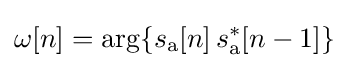
\omega [n]=\arg\{s_{\mathrm {a} }[n]\,s_{\mathrm {a} }^{*}[n-1]\}